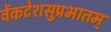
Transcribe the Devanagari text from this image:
वेंकटेशसुप्रभातम्